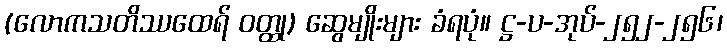
(လောကသတိဿထေရ် ဝတ္ထု) ဆွေမျိုးများ ခံရပုံ။ ဋ္ဌ-ပ-အုပ်-၂၅၂-၂၅၆၊